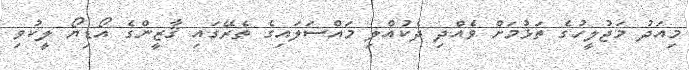
މިއަދު މަޖުލީހުގެ ތަޅުމަށް ވެއްދި ދެކުއްލި މައްސަލައިގެ ތެރޭގައި ޤާޒީންގެ އޯޑިޔޯ ލީކުވި